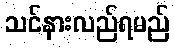
သင်နားလည်ရမည်